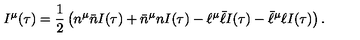
I ^ { \mu } ( \tau ) = \frac { 1 } { 2 } \left( n ^ { \mu } \bar { n } I ( \tau ) + \bar { n } ^ { \mu } n I ( \tau ) - \ell ^ { \mu } \bar { \ell } I ( \tau ) - \bar { \ell } ^ { \mu } \ell I ( \tau ) \right) .